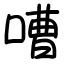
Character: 嘈